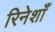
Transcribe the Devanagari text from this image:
रिनेशाँ